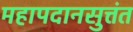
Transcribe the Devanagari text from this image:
महापदानसुत्तंत